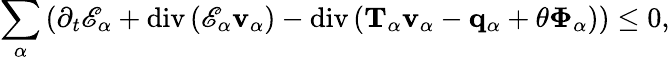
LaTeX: \begin{array}{r}{\displaystyle\sum_{\alpha}\left(\partial_{t}\mathscr{E}_{\alpha}+\mathrm{div}\left(\mathscr{E}_{\alpha}\mathbf{v}_{\alpha}\right)-\mathrm{div}\left(\mathbf{T}_{\alpha}\mathbf{v}_{\alpha}-\mathbf{q}_{\alpha}+\theta\boldsymbol{\Phi}_{\alpha}\right)\right)\leq 0,}\end{array}